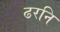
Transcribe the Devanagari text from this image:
ढरनि